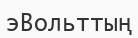
эВольттың